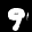
Label: 9